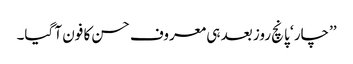
’’چار ‘ پانچ روز بعد ہی معروف حسن کا فون آ گیا۔